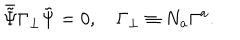
\bar { \tilde { \Psi } } \Gamma _ { \bot } \tilde { \Psi } = 0 , ~ \Gamma _ { \bot } \equiv N _ { a } \Gamma ^ { a } .